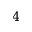
4